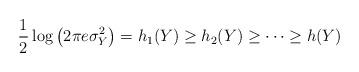
LaTeX: \begin{align*} \frac{1}{2} \log \left( 2\pi e \sigma_Y^2 \right) = h_1(Y)\ge h_2(Y) \ge \cdots \ge h(Y)\end{align*}